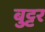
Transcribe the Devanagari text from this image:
बुट्टर